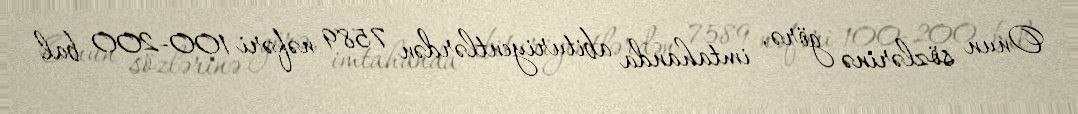
Onun sözlərinə görə, imtahanda abituriyentlərdən 7589 nəfəri 100-200 bal